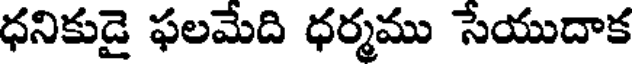
ధనికుడై ఫలమేది ధర్మము సేయుదాక